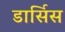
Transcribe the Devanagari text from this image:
डार्सिस